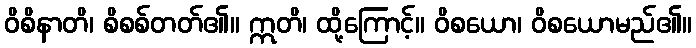
ဝိစိနာတိ၊ စိစစ်တတ်၏။ ဣတိ၊ ထို့ကြောင့်။ ဝိစယော၊ ဝိစယောမည်၏။